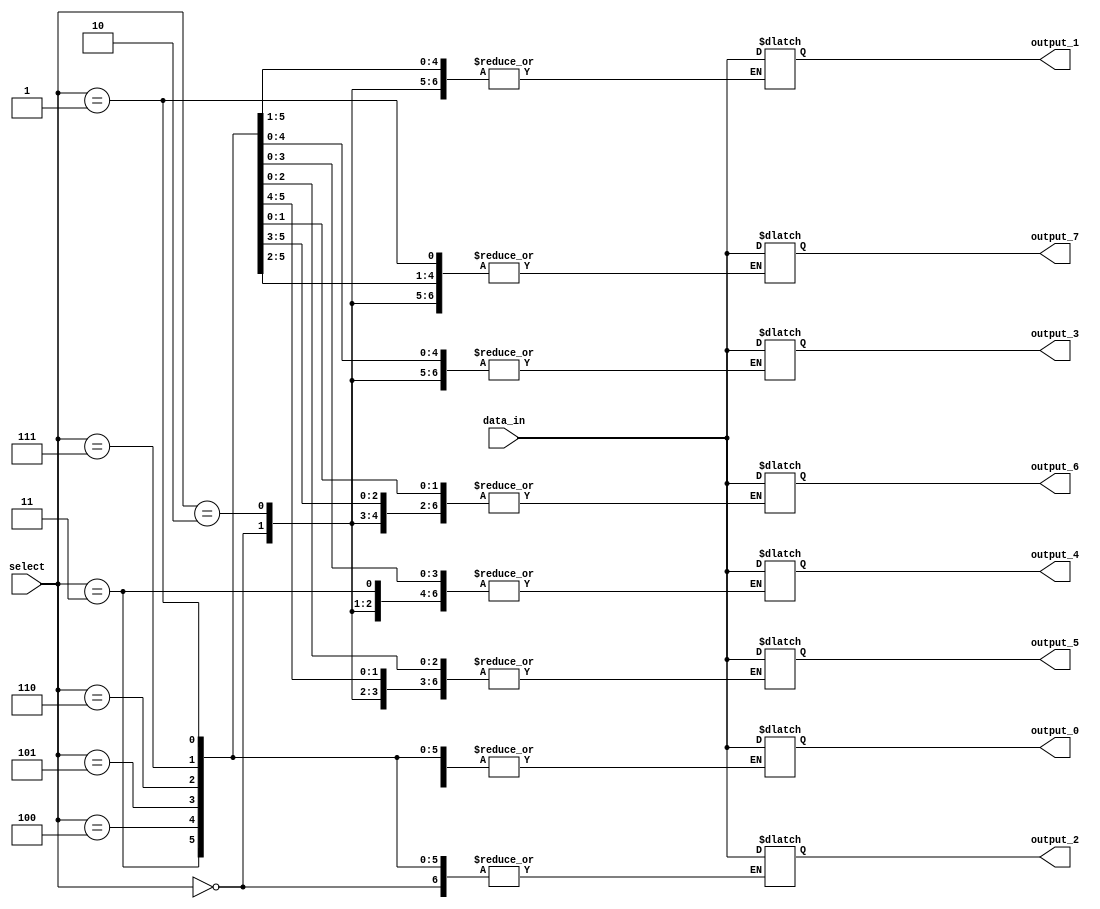
module demultiplexer (
    input wire [2:0] select,
    input wire data_in,
    output reg output_0,
    output reg output_1,
    output reg output_2,
    output reg output_3,
    output reg output_4,
    output reg output_5,
    output reg output_6,
    output reg output_7
);

always @(*) begin
    case (select)
        3'b000: begin
            output_0 = data_in;
        end
        3'b001: begin
            output_1 = data_in;
        end
        3'b010: begin
            output_2 = data_in;
        end
        3'b011: begin
            output_3 = data_in;
        end
        3'b100: begin
            output_4 = data_in;
        end
        3'b101: begin
            output_5 = data_in;
        end
        3'b110: begin
            output_6 = data_in;
        end
        3'b111: begin
            output_7 = data_in;
        end
    endcase
end

endmodule